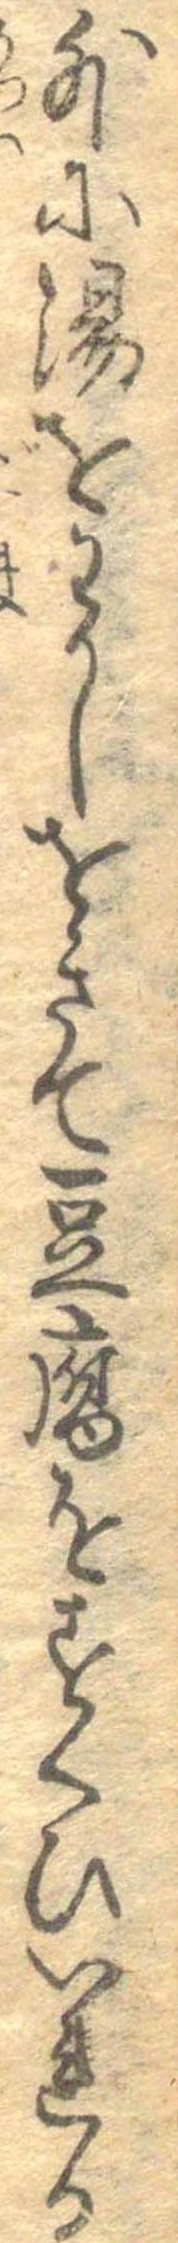
外に湯をわかしをきて豆腐をすくひいれる